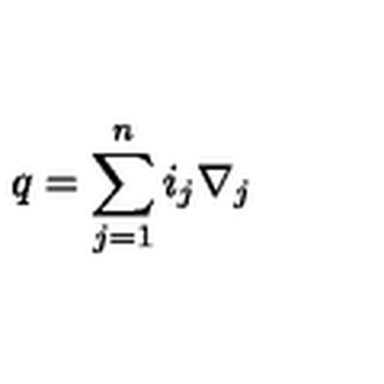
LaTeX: q = \sum _ { j = 1 } ^ { n } { i _ { j } \nabla _ { j } }